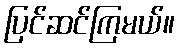
ပြင်ဆင်ကြမယ်။